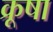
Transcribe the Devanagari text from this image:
क्रूषा